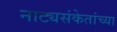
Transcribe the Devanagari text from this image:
नाट्यसंकेतांच्या